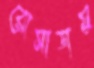
রোসাডায়